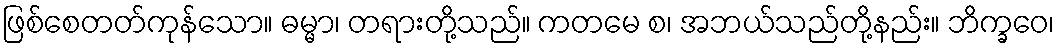
ဖြစ်စေတတ်ကုန်သော။ ဓမ္မာ၊ တရားတို့သည်။ ကတမေ စ၊ အဘယ်သည်တို့နည်း။ ဘိက္ခဝေ၊